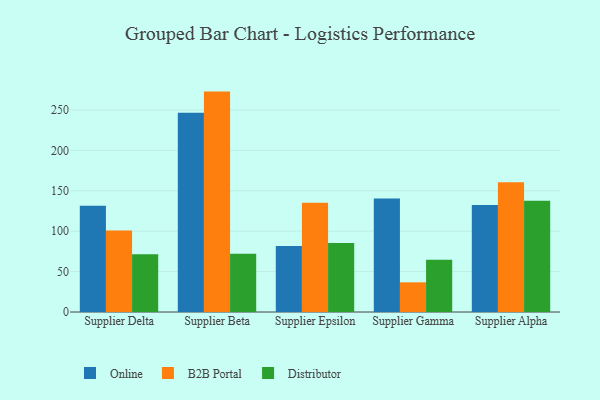
{"axis": {"x": "Supplier", "y": "Latency (ms)"}, "legend": ["B2B Portal", "Distributor", "Online"], "data": [{"x": "Supplier Delta", "y": 131.5, "type": "Online"}, {"x": "Supplier Delta", "y": 100.8, "type": "B2B Portal"}, {"x": "Supplier Delta", "y": 71.4, "type": "Distributor"}, {"x": "Supplier Beta", "y": 246.4, "type": "Online"}, {"x": "Supplier Beta", "y": 272.7, "type": "B2B Portal"}, {"x": "Supplier Beta", "y": 72.1, "type": "Distributor"}, {"x": "Supplier Epsilon", "y": 81.7, "type": "Online"}, {"x": "Supplier Epsilon", "y": 135.2, "type": "B2B Portal"}, {"x": "Supplier Epsilon", "y": 85.5, "type": "Distributor"}, {"x": "Supplier Gamma", "y": 140.5, "type": "Online"}, {"x": "Supplier Gamma", "y": 36.7, "type": "B2B Portal"}, {"x": "Supplier Gamma", "y": 64.5, "type": "Distributor"}, {"x": "Supplier Alpha", "y": 132.5, "type": "Online"}, {"x": "Supplier Alpha", "y": 160.5, "type": "B2B Portal"}, {"x": "Supplier Alpha", "y": 137.6, "type": "Distributor"}]}